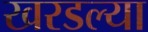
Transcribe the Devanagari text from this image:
खरडल्या